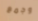
وجمع